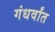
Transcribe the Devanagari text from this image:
गंधर्वांत